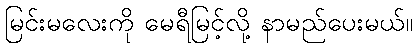
မြင်းမလေးကို မေရီမြင့်လို့ နာမည်ပေးမယ်။